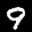
Label: 9